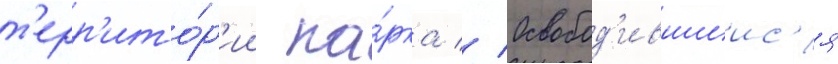
т'ерр'ито́р'ии па́рка // Освобод'ившиис'я